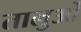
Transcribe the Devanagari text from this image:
तालुओं